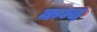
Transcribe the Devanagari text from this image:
कम्द